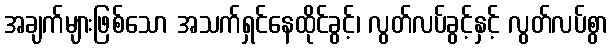
အချက်များဖြစ်သော အသက်ရှင်နေထိုင်ခွင့်၊ လွတ်လပ်ခွင့်နှင့် လွတ်လပ်စွာ